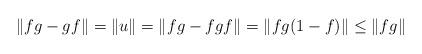
LaTeX: \begin{align*}\|fg - gf\| = \|u\| = \|fg-fgf\| = \|fg(1-f)\| \le \|fg\|\end{align*}